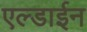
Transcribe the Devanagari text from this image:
एल्डाईन